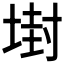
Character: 𡎈